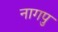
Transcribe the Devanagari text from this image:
नागपु